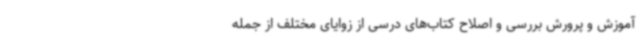
آموزش و پرورش بررسی و اصلاح کتاب‌های درسی از زوایای مختلف از جمله